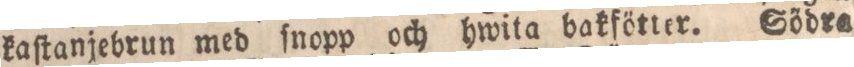
kaſtanjebrun med ſnopp och hwita bakfötter. Södra